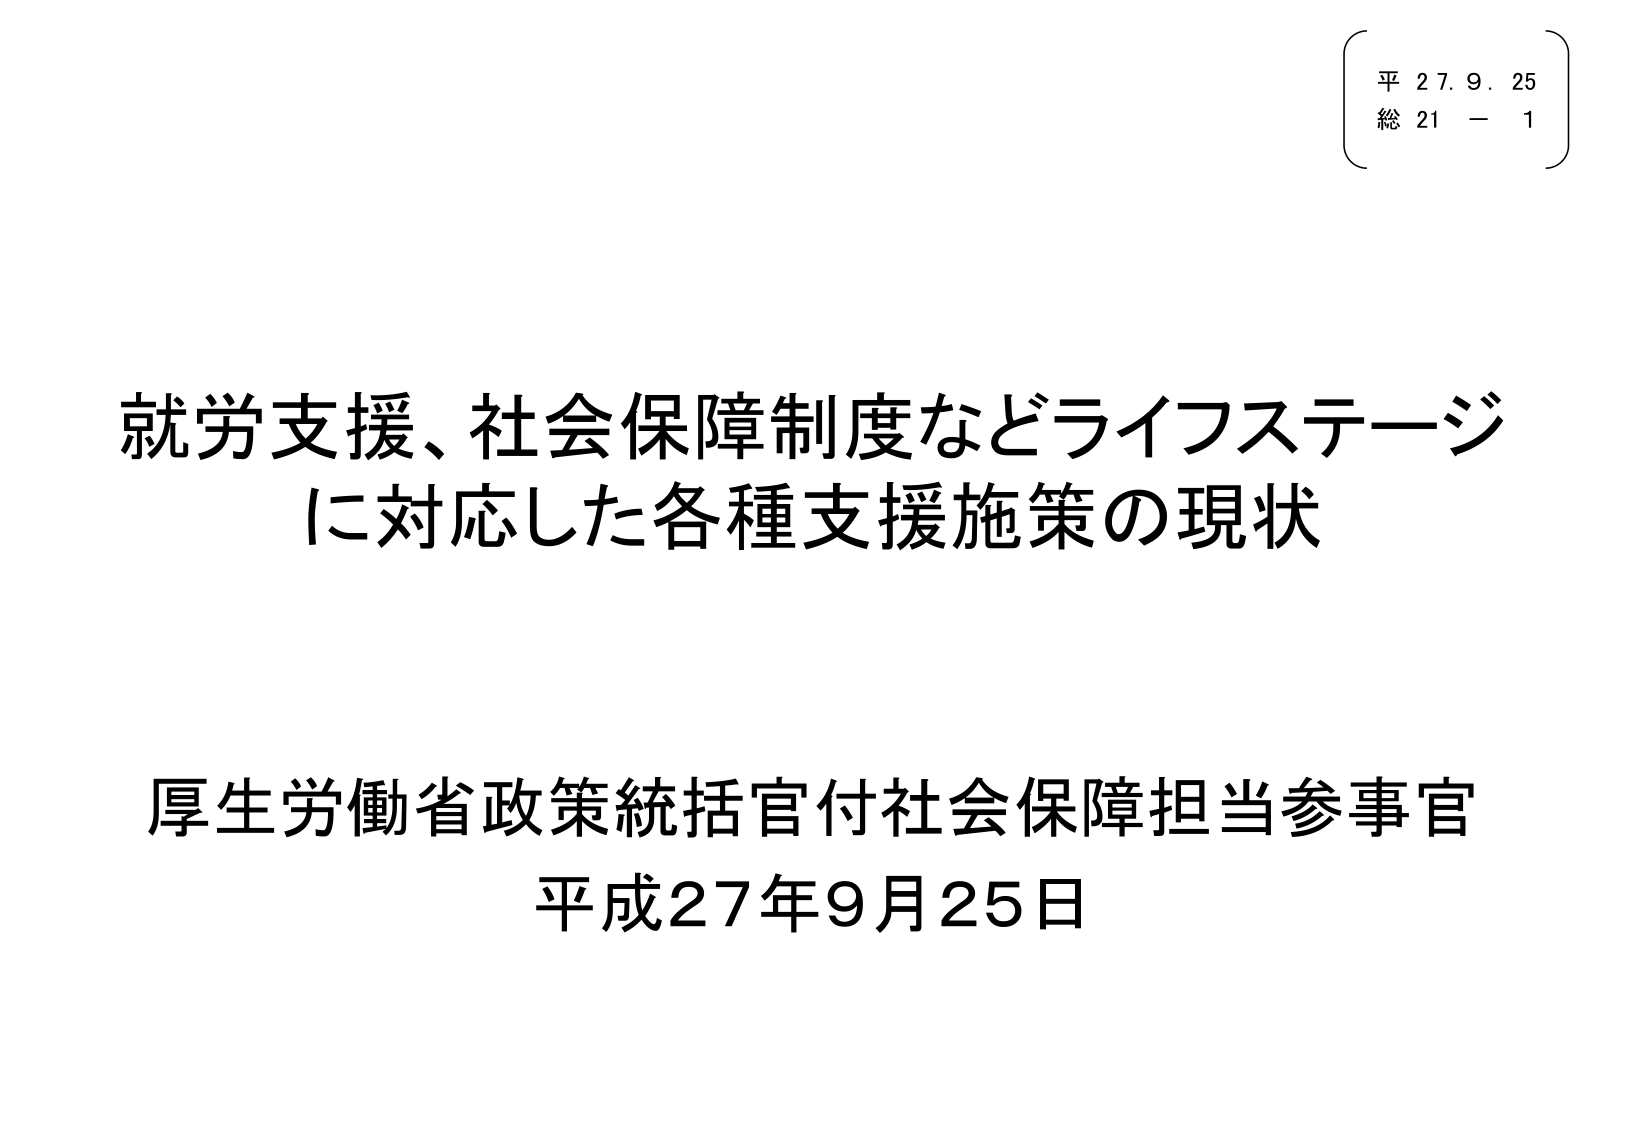
平 27. 9. 25
総 21 - 1

就労支援、社会保障制度などライフステージ
に対応した各種支援施策の現状

厚生労働省政策統括官付社会保障担当参事官
平成27年9月25日